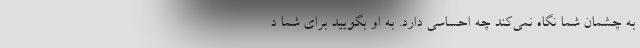
به چشمان شما نگاه نمی‌کند چه احساسی دارد. به او بگویید برای شما د